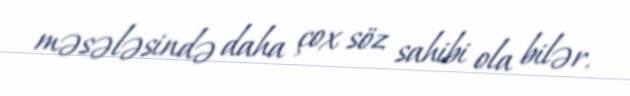
məsələsində daha çox söz sahibi ola bilər.